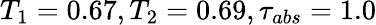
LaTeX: T_{1}=0.67,T_{2}=0.69,\tau_{abs}=1.0